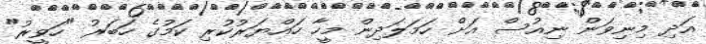
އަދި މިނިވަން ނިއުސް އަށް ހަމަލަދިން މީހާ ހައްޔަރުކުރި ކަމުގެ ހަބަރު "ހަވީރު"